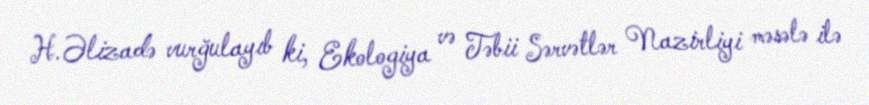
H.Əlizadə vurğulayıb ki, Ekologiya və Təbii Sərvətlər Nazirliyi məsələ ilə